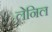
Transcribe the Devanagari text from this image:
लेनिल